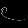
Digit: ၉